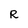
Character: R